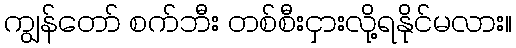
ကျွန်တော် စက်ဘီး တစ်စီးငှားလို့ရနိုင်မလား။